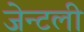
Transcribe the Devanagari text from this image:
जेन्टली